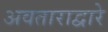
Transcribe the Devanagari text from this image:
अवताराद्वारे